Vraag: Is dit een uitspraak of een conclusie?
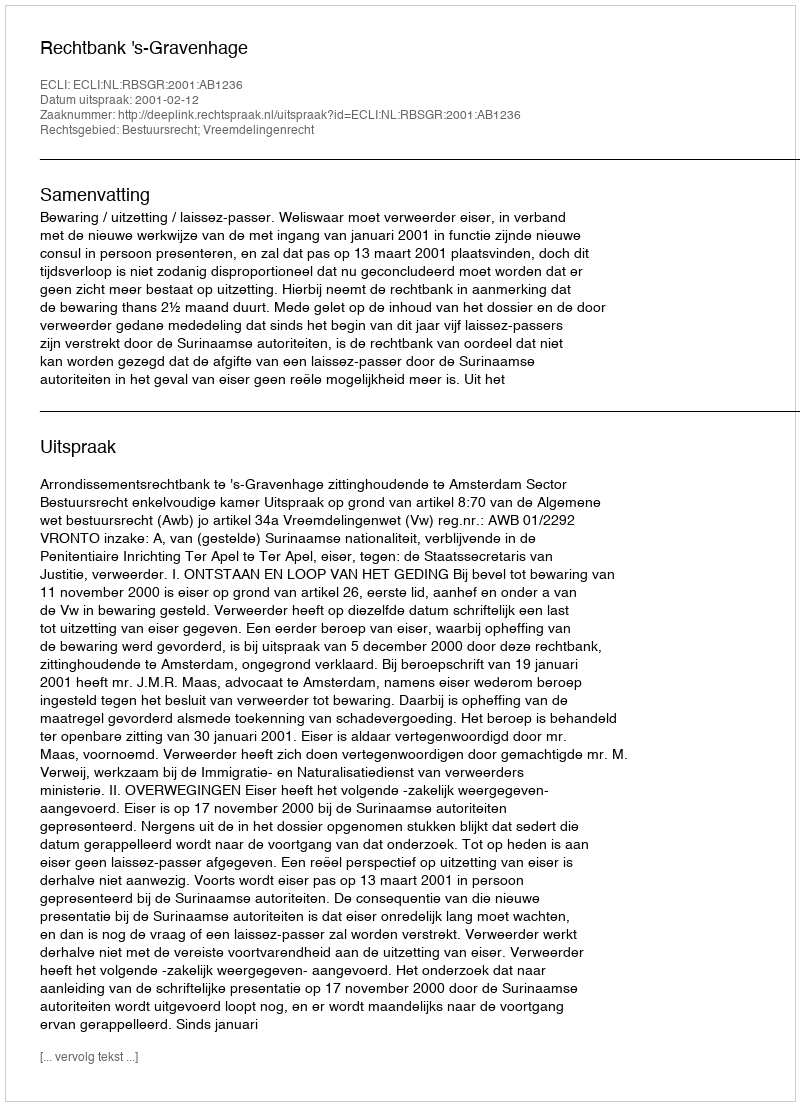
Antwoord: Uitspraak